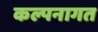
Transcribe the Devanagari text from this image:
कल्पनागत